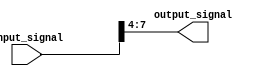
module part_select_continuous_assignment (
    input wire [15:0] input_signal,  // Define the input vector with a width of 16 bits
    output wire [3:0] output_signal   // Define the output signal to hold the selected bits (4 bits)
);

// Continuous assignment statement to extract bits 7 to 4 from the input signal
assign output_signal = input_signal[7:4];  // Assign the part select (bits 7 to 4)

endmodule